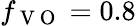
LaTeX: f_{\mathrm{~V~O~}}=0.8